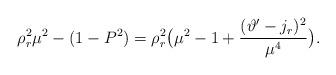
LaTeX: \begin{align*}\rho_r^2\mu^2-(1-P^2)=\rho_r^2\big(\mu^2-1+\frac{(\vartheta^\prime-j_r)^2}{\mu^4}\big).\end{align*}